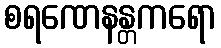
စရဏေနန္တကရော